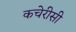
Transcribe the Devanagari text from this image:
कचेरीसी